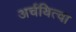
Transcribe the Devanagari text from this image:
अर्चयित्वा